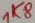
Text: 1K8